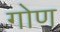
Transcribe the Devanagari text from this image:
गोण